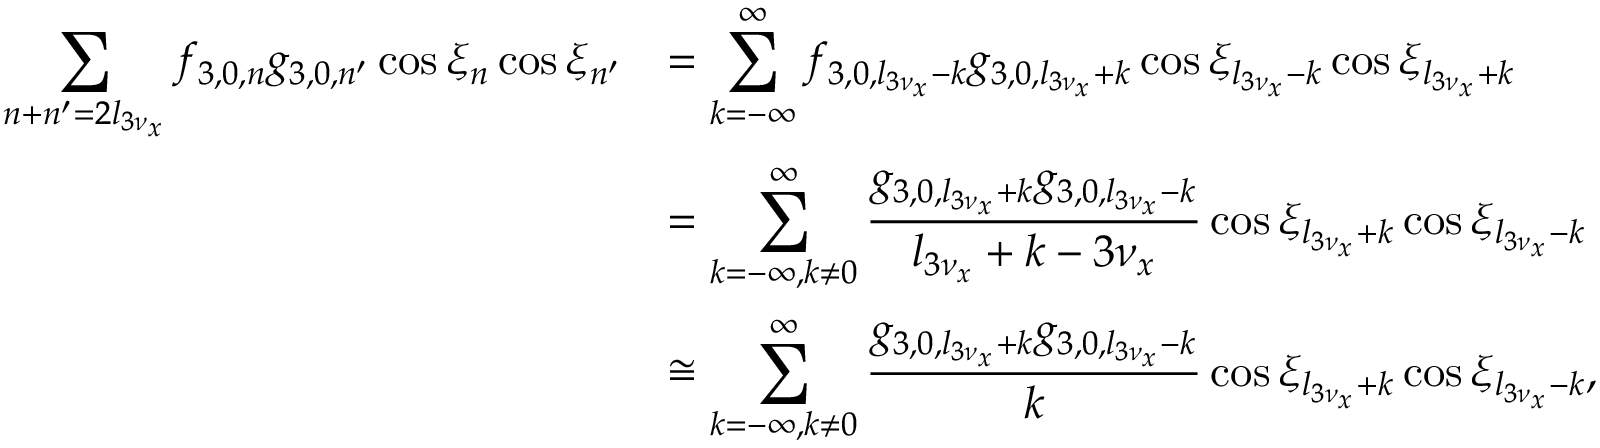
\begin{array} { c l } { \displaystyle \sum _ { n + n ^ { \prime } = 2 l _ { 3 \nu _ { x } } } { f _ { 3 , 0 , n } g _ { 3 , 0 , n ^ { \prime } } \cos { \xi _ { n } } \cos { \xi _ { n ^ { \prime } } } } } & { = \displaystyle \sum _ { k = - \infty } ^ { \infty } { f _ { 3 , 0 , l _ { 3 \nu _ { x } } - k } g _ { 3 , 0 , l _ { 3 \nu _ { x } } + k } \cos { \xi _ { l _ { 3 \nu _ { x } } - k } } \cos { \xi _ { l _ { 3 \nu _ { x } } + k } } } } \\ & { = \displaystyle \sum _ { k = - \infty , k \neq 0 } ^ { \infty } { \frac { g _ { 3 , 0 , l _ { 3 \nu _ { x } } + k } g _ { 3 , 0 , l _ { 3 \nu _ { x } } - k } } { l _ { 3 \nu _ { x } } + k - 3 \nu _ { x } } \cos { \xi _ { l _ { 3 \nu _ { x } } + k } } \cos { \xi _ { l _ { 3 \nu _ { x } } - k } } } } \\ & { \cong \displaystyle \sum _ { k = - \infty , k \neq 0 } ^ { \infty } { \frac { g _ { 3 , 0 , l _ { 3 \nu _ { x } } + k } g _ { 3 , 0 , l _ { 3 \nu _ { x } } - k } } { k } \cos { \xi _ { l _ { 3 \nu _ { x } } + k } } \cos { \xi _ { l _ { 3 \nu _ { x } } - k } } } , } \end{array}